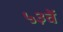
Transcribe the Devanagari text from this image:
५३वें